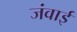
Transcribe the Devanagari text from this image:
जंवाई